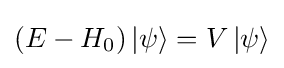
\left({E-{H_{0}}}\right)\left|\psi \right\rangle =V\left|\psi \right\rangle